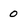
Character: 0